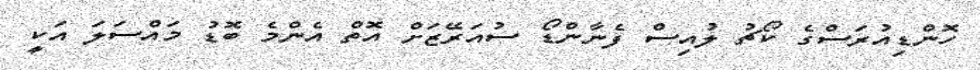
ހޮންޑިއުރަސްގެ ކޯޗު ލުއިސް ފެނާންޑޯ ސުއަރޭޒަށް އޮތް އެންމެ ބޮޑު މައްސަލަ އަކީ